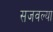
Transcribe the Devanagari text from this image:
सजवल्या